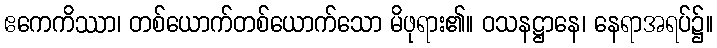
ဧကေကိဿာ၊ တစ်ယောက်တစ်ယောက်သော မိဖုရား၏။ ဝသနဋ္ဌာနေ၊ နေရာအရပ်၌။